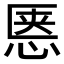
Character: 𱞝